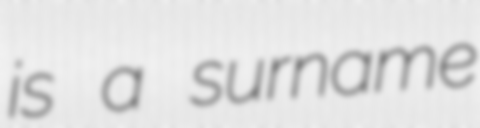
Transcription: is a surname